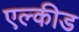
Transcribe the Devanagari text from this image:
एल्कीड